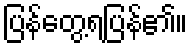
ပြန်တွေ့ရပြန်၏။